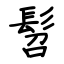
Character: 髫